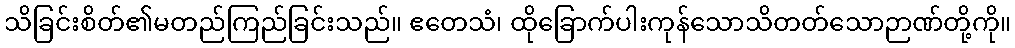
သိခြင်းစိတ်၏မတည်ကြည်ခြင်းသည်။ ဧတေသံ၊ ထိုခြောက်ပါးကုန်သောသိတတ်သောဉာဏ်တို့ကို။